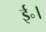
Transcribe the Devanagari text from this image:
ई॰।